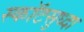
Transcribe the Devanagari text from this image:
स्कॉटसुध्दा